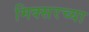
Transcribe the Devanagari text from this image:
मिक्सरच्या